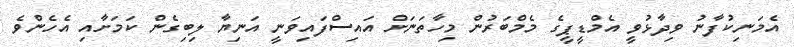
އެމަނިކުފާނު ވިދާޅުވީ އެމްޑީޕީގެ މެމްބަރުން މިހާތަނަށް އައިސްފައިވަނީ އަނިޔާ ލިބިގެން ކަމަށާއި އެހެންވެ